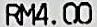
RM4.00